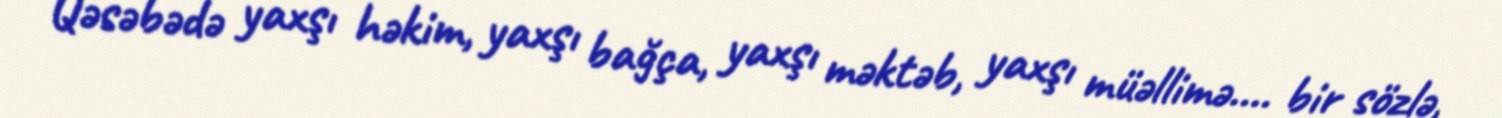
Qəsəbədə yaxşı həkim, yaxşı bağça, yaxşı məktəb, yaxşı müəllimə.... bir sözlə,